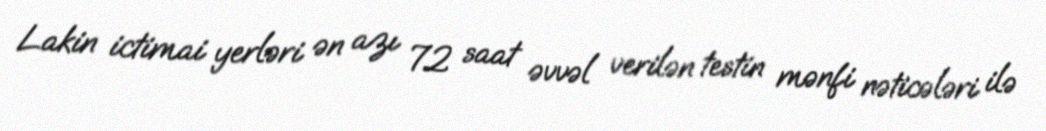
Lakin ictimai yerləri ən azı 72 saat əvvəl verilən testin mənfi nəticələri ilə